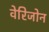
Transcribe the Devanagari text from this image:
वेरिजोन